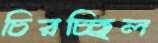
চিরচ্ছিল